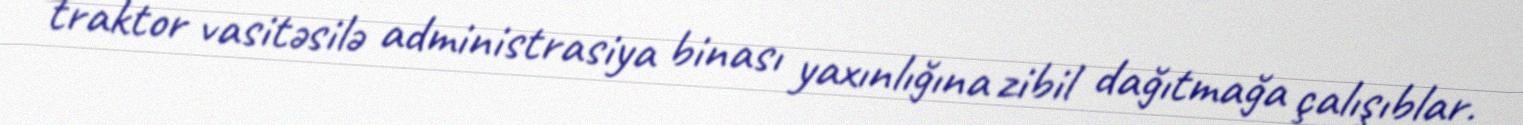
traktor vasitəsilə administrasiya binası yaxınlığına zibil dağıtmağa çalışıblar.